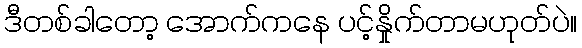
ဒီတစ်ခါတော့ အောက်ကနေ ပင့်နှိုက်တာမဟုတ်ပဲ။